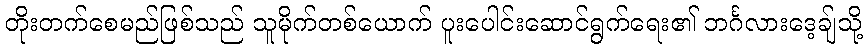
တိုးတက်စေမည်ဖြစ်သည် သူမိုက်တစ်ယောက် ပူးပေါင်းဆောင်ရွက်ရေး၏ ဘင်္ဂလားဒေ့ချ်သို့